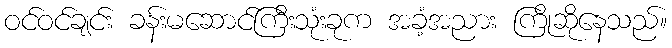
ဝင်ဝင်ချင်း ခန်းမဆောင်ကြီးသုံးခုက အခံ့အညား ကြိုဆိုနေသည်။